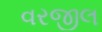
વરજીલ